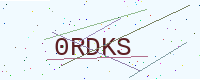
Text: 0RDKS